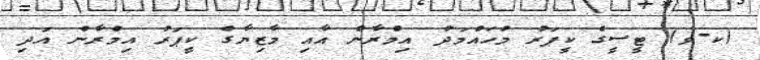
(ކ-ވ) ޓީސީގެ ކީޕަރު މުހައްމަދު އިމްރާން އާއި މާޒިޔާގެ ކީޕަރު އިމްރާން އަދި